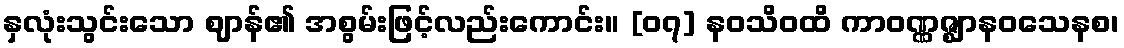
နှလုံးသွင်းသော ဈာန်၏ အစွမ်းဖြင့်လည်းကောင်း။ [၀၇] နဝသိဝထိ ကာဝဏ္ဏဇ္ဈာနဝသေနစ၊